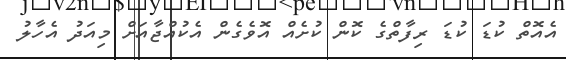
އެއޮތް ކުޑަ ކުޑަ ރިފާތްގެ ކޮން ކުށެއް އޮވެގެން އެކުއްޖާއަށް މިއަދު އެހާލު